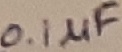
Text: 0.1µF